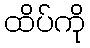
ထိပ်ကို